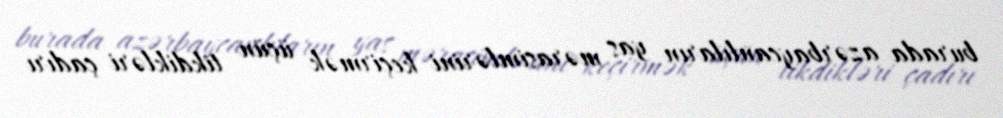
burada azərbaycanlıların yas mərasimlərini keçirmək üçün tikdikləri çadırı